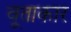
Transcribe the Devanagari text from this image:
वृ्ताकार